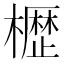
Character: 𭬒